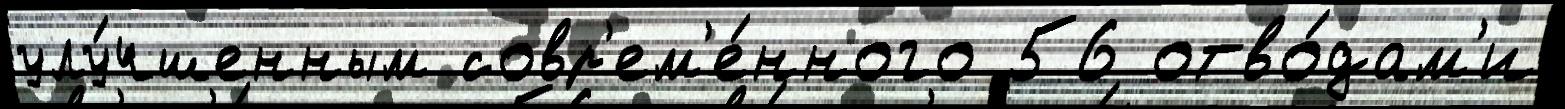
улу́чшенным совр'ем'е́нного 56 отво́дам'и